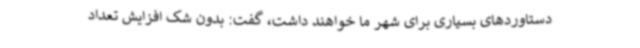
دستاوردهای بسیاری برای شهر ما خواهند داشت، گفت: بدون شک افزایش تعداد